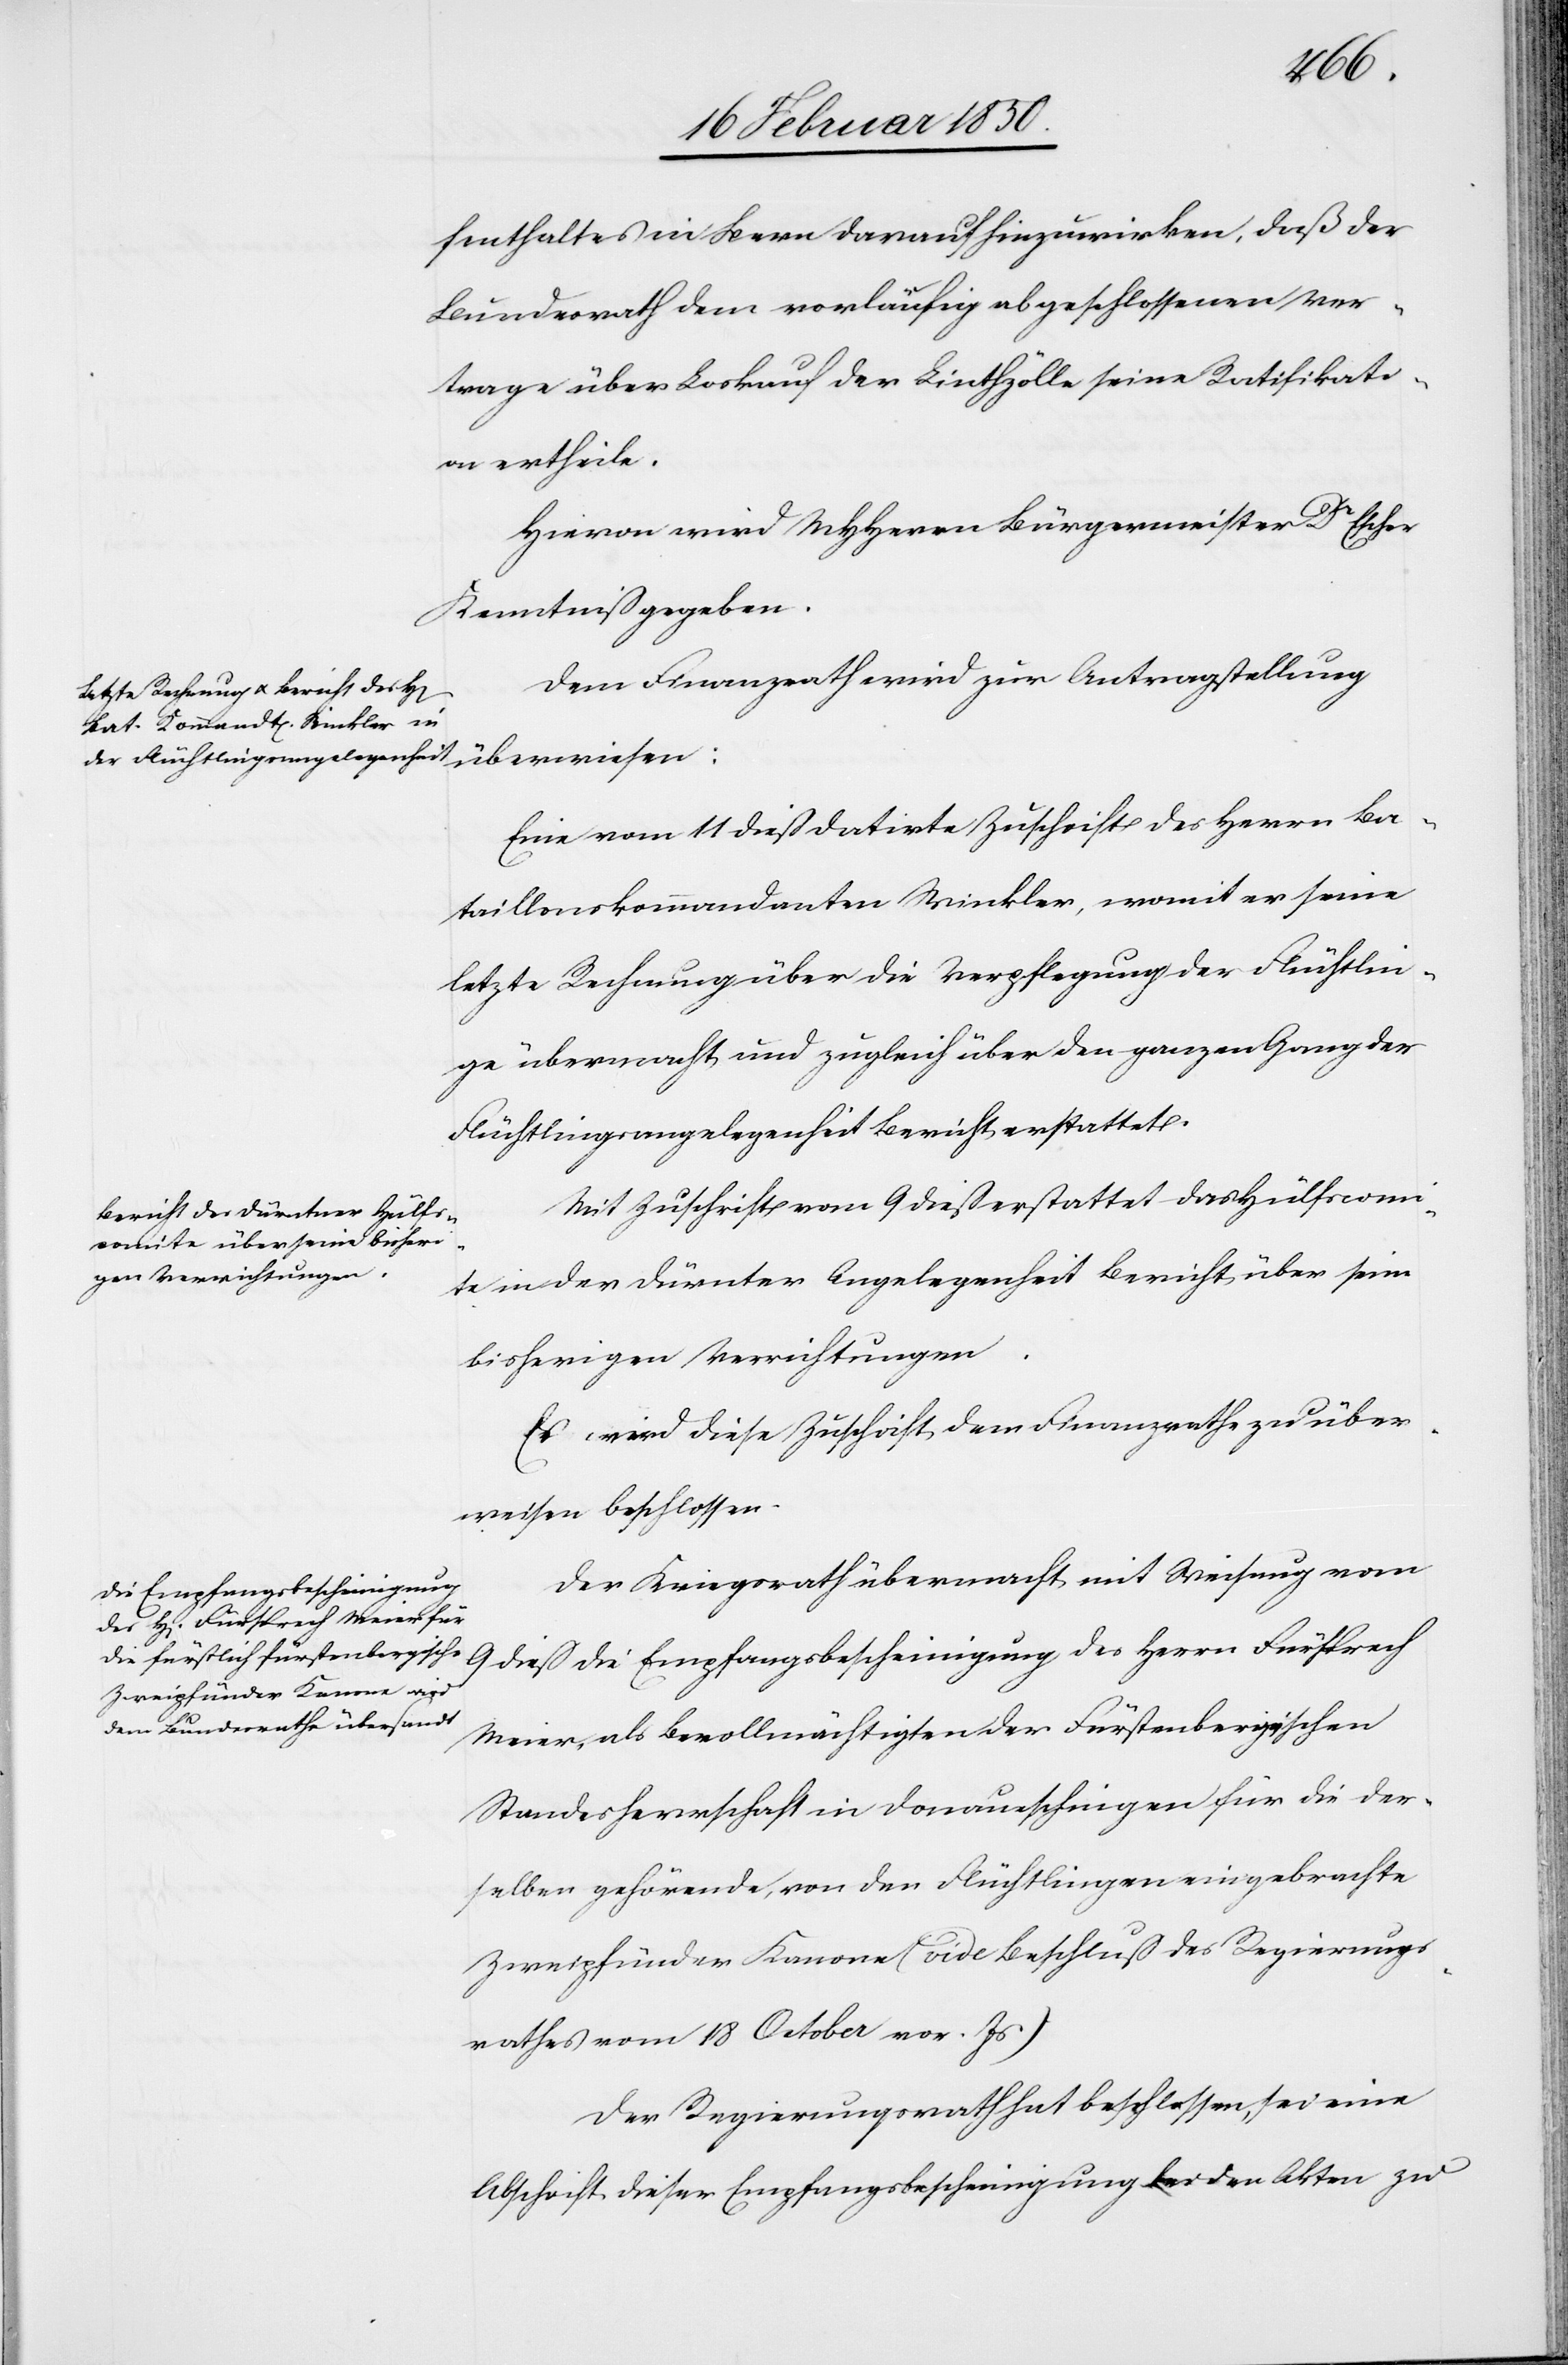
fenthaltes in Bern darauf hinzuwirken, daß der
Bundesrath dem vorläufig abgeschlossenen Ver¬
trage über Loskauf der Linthzölle seine Ratifikati¬
on ertheile.
Hievon wird MHHerrn Bürgermeister Dr Escher
Kenntniß gegeben.
Dem Finanzrath wird zur Antragstellung
Eine vom 11 dieß datirte Zuschrift des Herrn Ba¬
taillonskommandanten Winkler, womit er seine
letzte Rechnung über die Verpflegung der Flüchtlin¬
ge übermacht und zugleich über den ganzen Gang der
Flüchtlingsangelegenheit Bericht erstattet.
Mit Zuschrift vom 9 dieß erstattet das Hülfscom¬
ite in der Dürnter Angelegenheit Bericht über seine
bisherigen Verrichtungen.
Es wird diese Zuschrift dem Finanzrathe zu über¬
weisen beschlossen.
Der Kriegsrath übermacht mit Weisung vom
9 dieß die Empfangsbescheinigung des Herrn Fürsprech
Meier, als Bevollmächtigten der Fürstenbergischen
Standesherrschaft in Donaueschingen für die der¬
selben gehörende, von den Flüchtlingen eingebrachte
Zweipfünder Kanone (vide Beschluß des Regierungs¬
rathes vom 18 October vor Js)
Der Regierungsrath hat beschlossen, sei eine
Abschrift dieser Empfangsbescheinigung bei den Akten zu